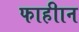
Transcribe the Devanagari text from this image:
फाहीान